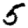
Digit: 5